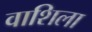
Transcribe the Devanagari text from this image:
वाशिला